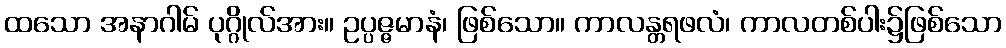
ထသော အနာဂါမ် ပုဂ္ဂိုလ်အား။ ဥပ္ပဇ္ဇမာနံ၊ ဖြစ်သော။ ကာလန္တရဖလံ၊ ကာလတစ်ပါး၌ဖြစ်သော